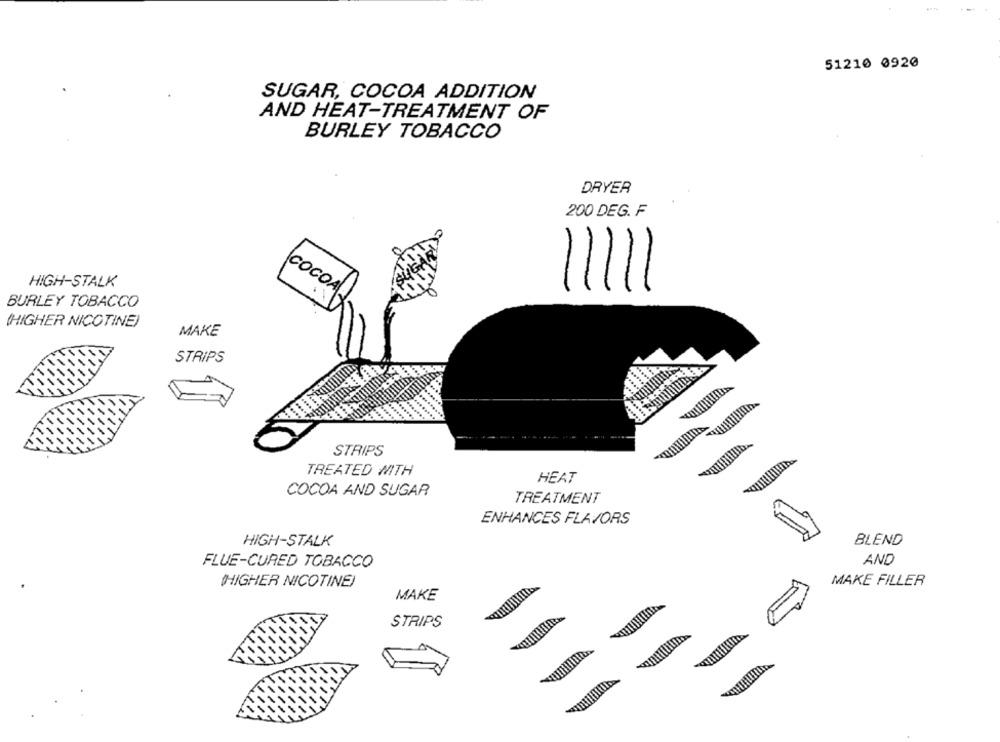
51210 0920
SUGAR, COCOA ADDITION
AND HEAT-TREATMENT OF
BURLEY TOBACCO
DRYER
200 DEG. F
HIGH-STALK
BURLEY TOBACCO
COCOA
(HIGHER NICOTINE)
MAKE
STRIPS
STRIPS
TREATED MITH
HEAT
COCOA AND SUGAR
TREATMENT
ENHANCES FLAVORS
HIGH-STALK
BLEND
FLUE-CURED TOBACCO
AND
(HIGHER NICOTINE)
MAKE FILLER
MAKE
STRIPS